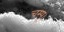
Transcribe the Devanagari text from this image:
चम्पू।